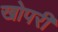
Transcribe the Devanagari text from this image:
खोपरी